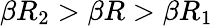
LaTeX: \beta R_{2}>\beta R>\beta R_{1}